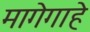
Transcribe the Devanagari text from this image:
मागेगाहे